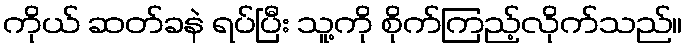
ကိုယ် ဆတ်ခနဲ ရပ်ပြီး သူ့ကို စိုက်ကြည့်လိုက်သည်။